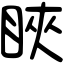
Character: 䀹